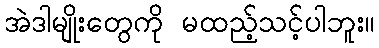
အဲဒါမျိုးတွေကို မထည့်သင့်ပါဘူး။